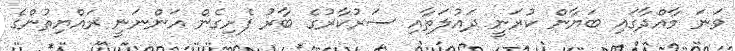
ވަނަ މާއްދާގައި ބަޔާން ކުރަނީ ދައުލަތާއި ސަރުކާރުގެ ބާރު ފެށިގެން އަންނަނީ ރައްޔިތުންގެ